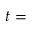
t =